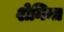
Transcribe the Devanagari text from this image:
शेनिना